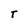
Character: T